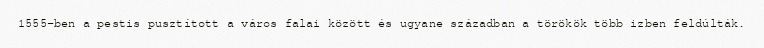
1555-ben a pestis pusztított a város falai között és ugyane században a törökök több izben feldúlták.